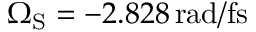
\Omega _ { \mathrm { { S } } } = - 2 . 8 2 8 \, \mathrm { r a d / f s }